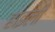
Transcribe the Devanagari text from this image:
हाइली